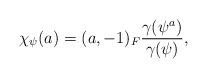
LaTeX: \begin{align*} \chi_{\psi}(a) = (a,-1)_F \frac{\gamma(\psi^a)}{\gamma(\psi)},\end{align*}